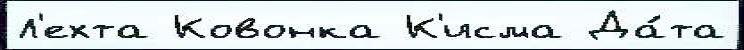
Л'ехта Ковонка К'исма Да́та